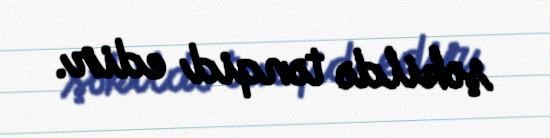
şəkildə tənqid edir.